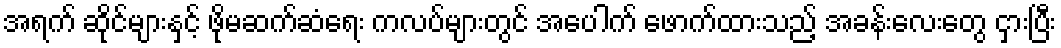
အရက် ဆိုင်များနှင့် ဖိုမဆက်ဆံရေး ကလပ်များတွင် အပေါက် ဖောက်ထားသည့် အခန်းလေးတွေ ငှားပြီး